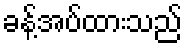
ခန့်အပ်ထားသည်